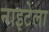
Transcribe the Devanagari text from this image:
नाइटेला